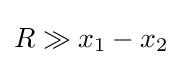
R\gg x_{1}-x_{2}